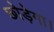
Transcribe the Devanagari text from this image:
छोड़ेगा।